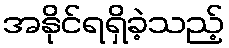
အနိုင်ရရှိခဲ့သည့်